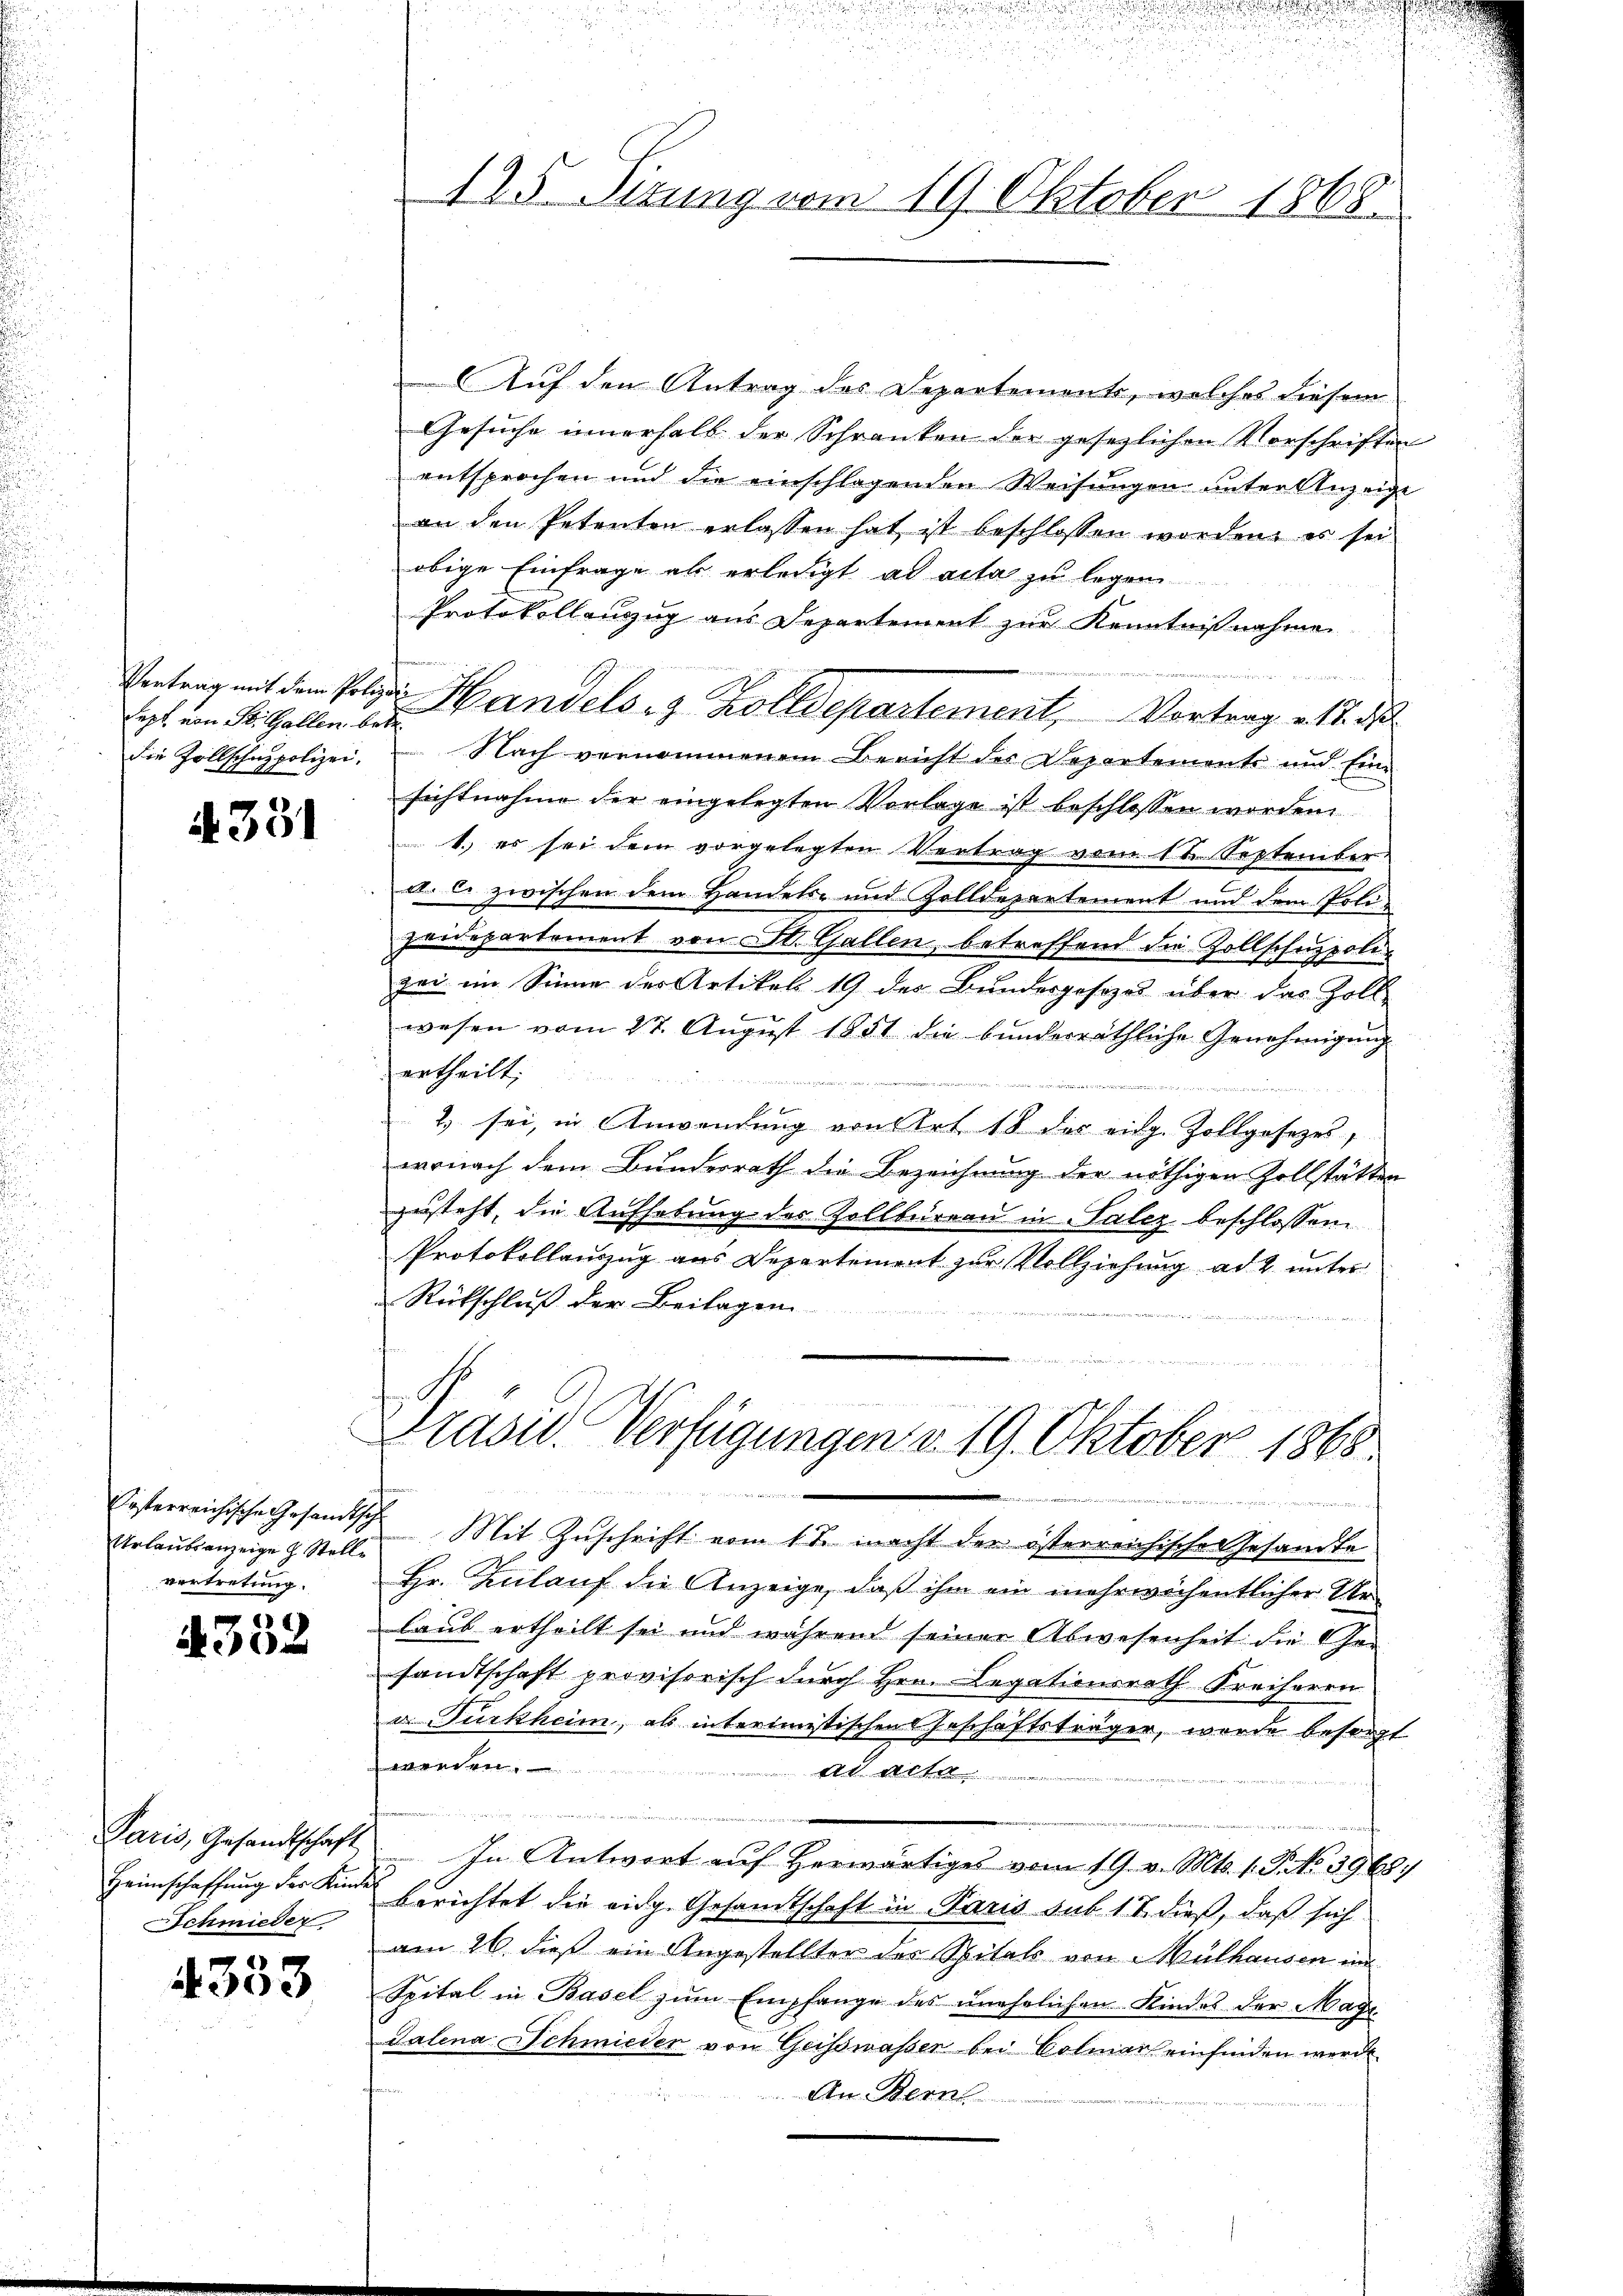
Sept von St. Gallen betr.
die Zollschazpolizei.

S. 351

Ersterreichische Gesandtsch
vertretung.

4532

Schmieder

4333

s
u
n

d
25
d

125 Sirung vom 19. Oktober 1868.

.

Auf den Antrag des Departements, welches diesem
Gesuche innerhalb der Schranken der gesezlichen Vorschriften
entsprochen und die einschlagenden Weisungen unter Anzeige
an den Petenten erlassen hat ist beschlossen worden, es sei
obige Einfrage als erledigt ad acta zu legen
Protokollanzug aus Departement zur Kenntnißnahmen.

Vortrag mit dem Polize Handels- & Zolldepartement, Vortrag etc. a
Nach vernommenen Bericht der Departements und Einsichtnahme der eingelegten Vorlage ist beschlossen werden
1.) es sei dem vorgelegten Vertrag vom 1 t September
da li zwischen dem Handels- und Zolldepartement und dem Poli-
zeidepartement von St. Gallen, betreffend die Zollschuppolizei im Sinne der Artikel 19 des Bundesgesezes über das Zoll-
wesen vom 27. August 1851 die bunderräthliche Genehmigŭng
ertheilt;
2) sei, in Anwendung von Art 18 des eidg. Zollgesetzes,
wonach dem Bundesrath die Bezeichnung der nöthigen Zollstätten
zusteht, die Aufhebung des Zollbüreau in Salez beschlossen.
Protokollauszug aus Departement zur Vollziehung ad 2 unter
Rückschluß der Beilagen
Präsid. Verfügungen v. 19. Oktober 1868.

 wese
.
 immer
Urlaŭbenzeige & Stelle Mit Zuschrift vom 1te macht der österreichische Gesandte
Hr. Zulauf die Anzeige, daß ihm ein mehrwöchentlicher Urlaub ertheilt sei und während seiner Abwesenheit die Ge-
sandtschaft provisorisch durch Hrn. Legationsrath Freiherrn
u. Turkheim, als interimistischen Geschäftsträger, wurde besorgt
.
ad acta.
ng sein Gemein iremen
Paris, Gesandtschaft In Antwort auf herwärtiges vom 19. v. Mts. 1. J. No. 39687
Heimschaffung der Kinde Errichtet die eidg. Gesandtschaft in Paris sub 17 dieß, daß sich
am 26. dieß ein Angestellter des Spitals von Mülhausen im
Spital in Basel zŭm Empfange des unehelichen Kindes der Magi
Talena Schmieder von Geisswassen bei Colmar einfinden werde.
An Bern